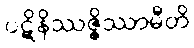
ပဋိနိဿဇ္ဇိဿာမီတိ